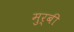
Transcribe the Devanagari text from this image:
मुर्बी